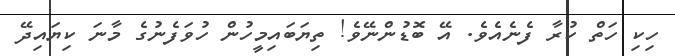
ހިކި ހަތް ކުރާ ފެނެއެވެ. އޭ ބޮޑުންނޭވެ! ތިޔަބައިމީހުން ހުވަފެނުގެ މާނަ ކިޔައިދޭ